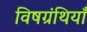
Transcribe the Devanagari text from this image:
विषग्रंथियाँ